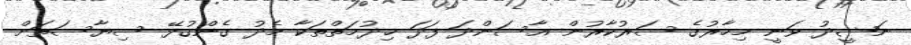
ނަޝީދު ވަނީ މިހާރުގެ ސަރުކާރުން އާސަންދަ ފަދަ ޚިދުމަތްތަކާ މެދު ގެންގުޅޭ ސިޔާސަތަށް